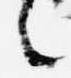
言